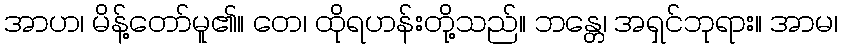
အာဟ၊ မိန့်တော်မူ၏။ တေ၊ ထိုရဟန်းတို့သည်။ ဘန္တေ၊ အရှင်ဘုရား။ အာမ၊